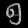
Digit: ၅